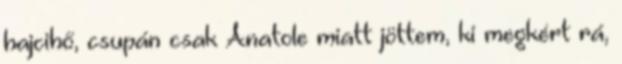
hajcihő, csupán csak Anatole miatt jöttem, ki megkért rá,